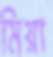
মিয়া